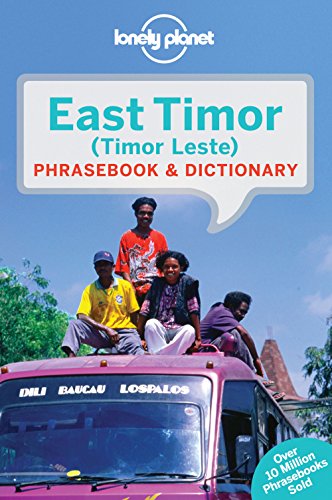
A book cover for Lonely Planet East Timor Phrasebook & Dictionary (Lonely Planet Phrasebook and Dictionary); Lonely Planet; Travel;